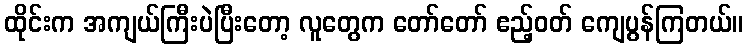
ထိုင်းက အကျယ်ကြီးပဲပြီးတော့ လူတွေက တော်တော် ဧည့်ဝတ် ကျေပွန်ကြတယ်။